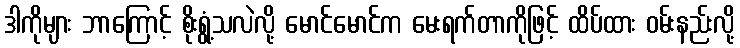
ဒါကိုများ ဘာကြောင့် စိုးရွံ့သလဲလို့ မောင်မောင်က မေးရက်တာကိုဖြင့် ထိပ်ထား ဝမ်းနည်းလို့